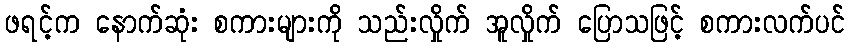
ဖရင့်က နောက်ဆုံး စကားများကို သည်းလှိုက် အူလှိုက် ပြောသဖြင့် စကားလက်ပင်